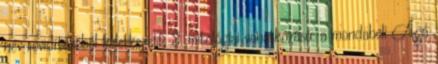
név rövidítéséből keletkezett; 3. mitológiai vonatkozású: a mondabeli Ágó